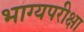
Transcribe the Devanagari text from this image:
भाग्यपरीक्षा